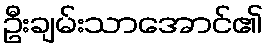
ဦးချမ်းသာအောင်၏